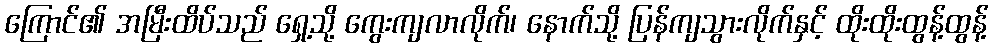
ကြောင်၏ အမြီးထိပ်သည် ရှေ့သို့ ကွေးကျလာလိုက်၊ နောက်သို့ ပြန်ကျသွားလိုက်နှင့် ထိုးထိုးထွန့်ထွန့်